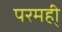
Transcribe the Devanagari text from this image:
परमही्